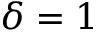
\delta = 1